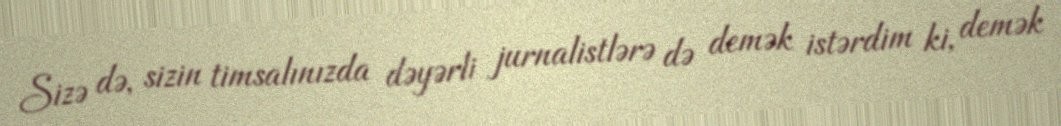
Sizə də, sizin timsalınızda dəyərli jurnalistlərə də demək istərdim ki, demək